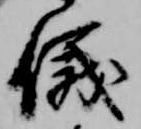
儀